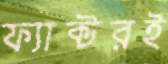
ফ্যাক্টরই